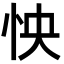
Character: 怏